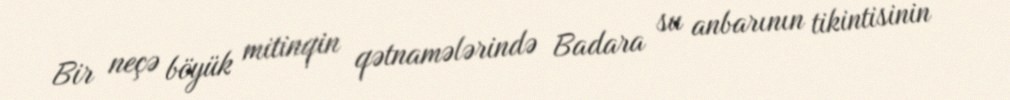
Bir neçə böyük mitinqin qətnamələrində Badara su anbarının tikintisinin